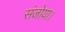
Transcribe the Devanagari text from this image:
संजोया।